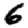
Digit: 6